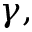
\gamma ,